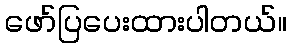
ဖော်ပြပေးထားပါတယ်။